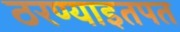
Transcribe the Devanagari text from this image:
ठरण्याइतपत